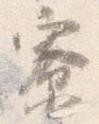
寮